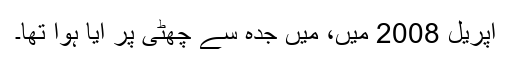
اپریل 2008 میں، میں جدہ سے چھٹی پر آیا ہوا تھا۔